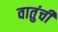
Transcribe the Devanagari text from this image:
वातुंची